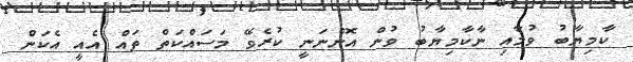
ކާމިޔާބު ވުމާއި ނާކާމިޔާބު ވުން އޮންނަނީ ކުރެވޭ މަސަައްކަތް ތައް އެއީ އެކަން